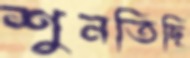
শুনতিছি